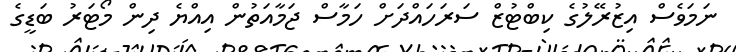
ނަމަވެސް އިޒުރޭލުގެ ކިބްޓުޒް ސަރަހައްދަށް ހަމާސް ޖަމާއަތުން އިއްޔެ ދިން މޯޓަރު ބަޑީގެ